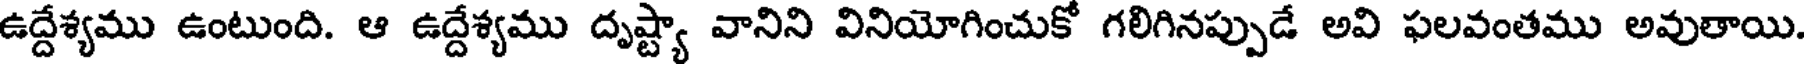
ఉద్దేశ్యము ఉంటుంది. ఆ ఉద్దేశ్యము దృష్ట్యా వానిని వినియోగించుకో గలిగినప్పుడే అవి ఫలవంతము అవుతాయి.